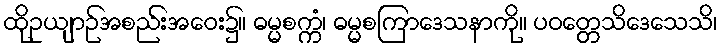
ထိုဥယျာဉ်အစည်းအဝေး၌။ ဓမ္မစက္ကံ၊ ဓမ္မစကြာဒေသနာကို။ ပဝတ္တေသိဒေသေသိ၊